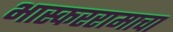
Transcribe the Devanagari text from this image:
भास्कररामाचा